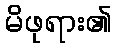
မိဖုရား၏